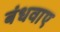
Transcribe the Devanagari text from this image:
बंधवाए